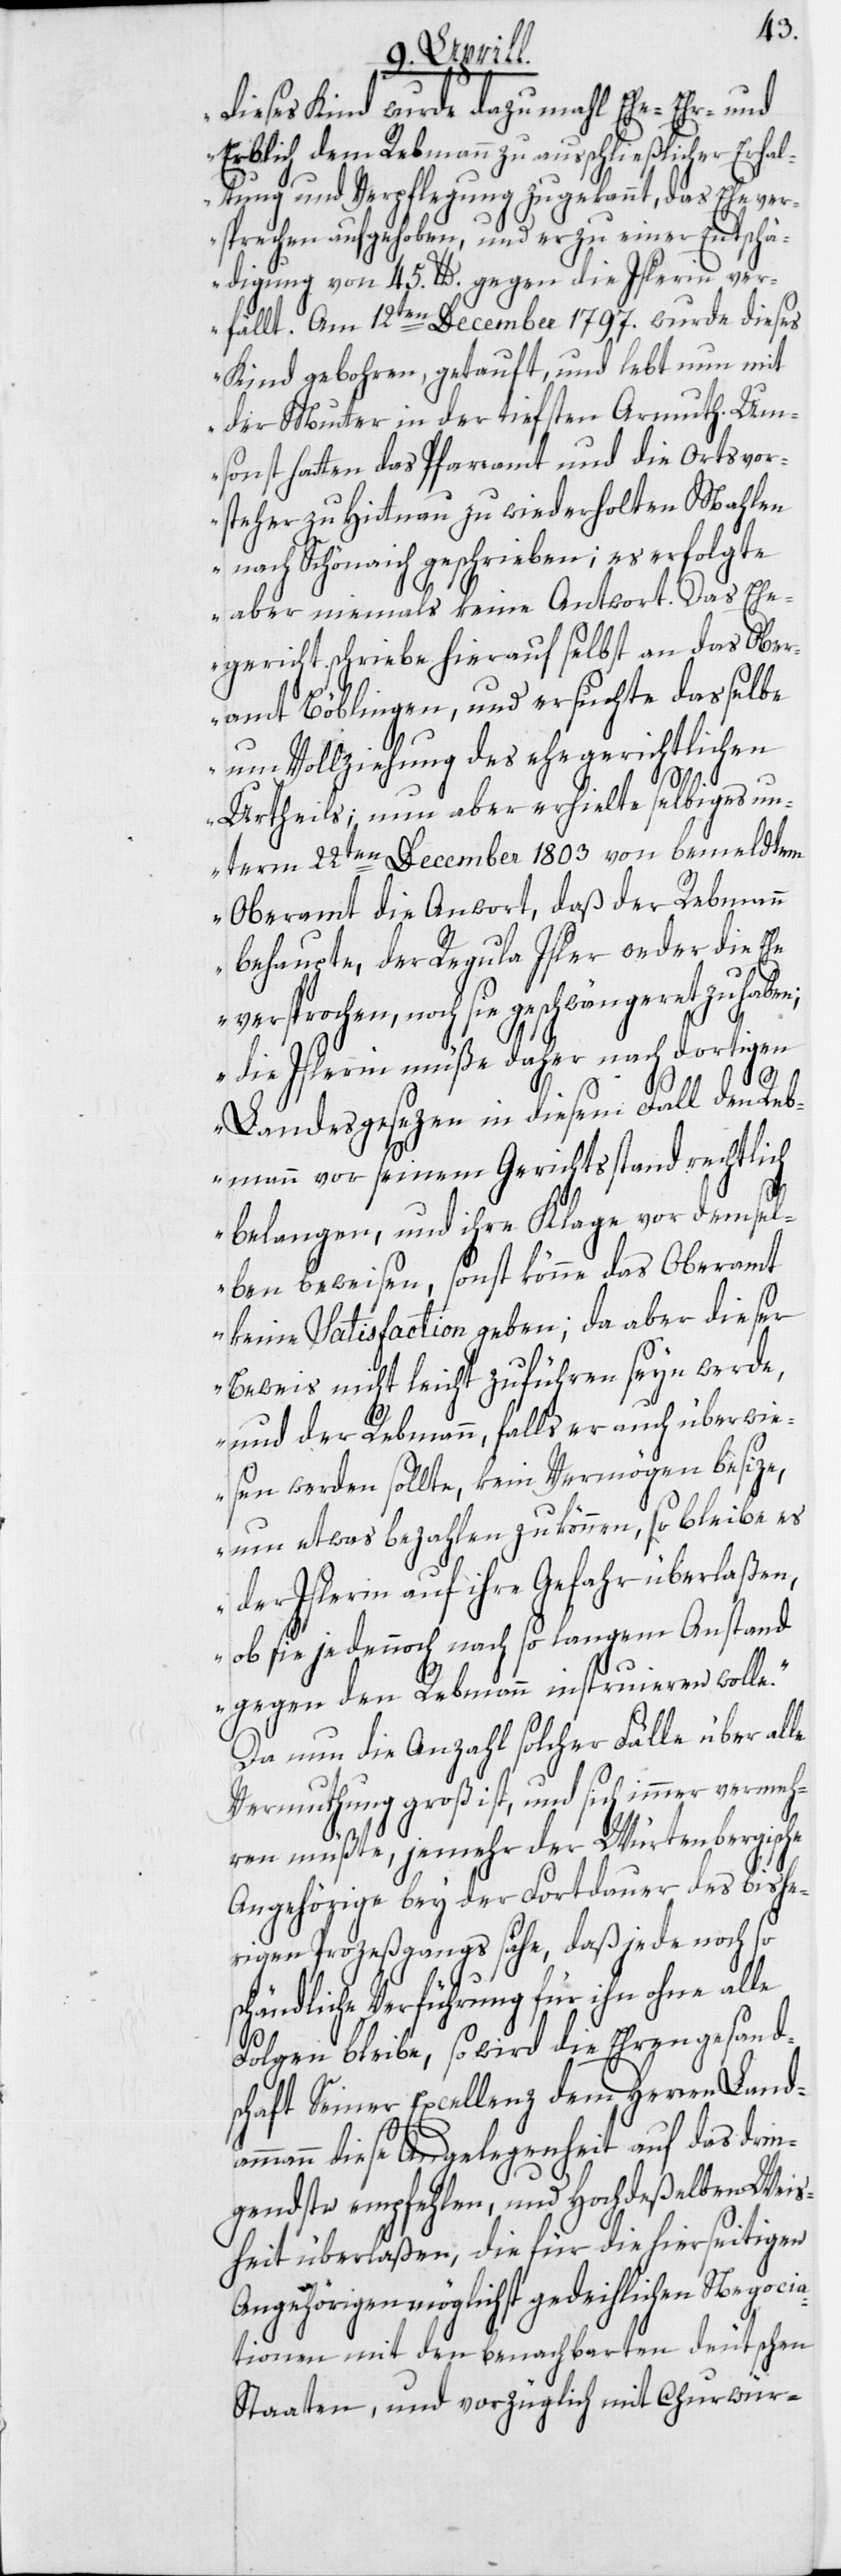
dieses Kind wurde dazumahl Ehe-[,] Ehr-
Erblich dem Rebmann zu ausschließlicher Erhal¬
tung und Verpflegung zugekannt, das Ehever¬
sprechen aufgehoben, und er zu einer Entschä¬
digung von 45. lb. gegen die Islerin ver¬
fällt. Am 12ten December 1797. wurde dieses
Kind gebohren, getauft und lebt nun mit
der Mutter in der tiefsten Armuth. Um¬
sonst hatten das Pfarramt und die Ortsvor¬
steher zu Hittnau zu wiederholten Mahlen
nach Schönaich geschrieben; es erfolgte
aber niemals keine Antwort. Das Ehe¬
gericht schriebe hierauf selbst an das Ober¬
amt Böblingen, und ersuchte dasselbe
um Vollziehung des ehegerichtlichen
Urtheils; nun aber erhielte selbiges un¬
term 22ten December 1803 von bemeldtem
Oberamt die Antwort, daß der Rebmann
behaupte, der Regula Isler weder die Ehe
versprochen, noch sie geschwängeret zu haben;
die Islerin müße daher nach dortigen
Landesgesezen in diesem Fall den Reb¬
mann vor seinem Gerichtsstand rechtlich
belangen, und ihre Klage vor demsel¬
ben beweisen, sonst könne das Oberamt
keine Satisfaction geben; da aber dieser
Beweis nicht leicht zu führen seyn werde,
und der Rebmann, falls er auch überwie¬
sen werden sollte, kein Vermögen besize,
um etwas bezahlen zu können, so bleibe es
der Islerin auf ihre Gefahr überlaßen,
ob sie je dennoch nach so langem Anstand
gegen den Rebmann instruieren wolle.“
Da nun die Anzahl solcher Fälle über alle
Vermuthung groß ist, und sich immer vermeh¬
am¬
ren müßte, je mehr der Würtembergische
Angehörige bey der Fortdauer des bishe¬
rigen Prozeßgangs sähe, daß jede noch so
schändliche Verführung für ihn ohne alle
Folgen bleibe, so wird die Ehrengesand¬
schaft Seiner Excellenz dem Herren Land¬
mann diese Angelegenheit auf das drin¬
gendste empfehlen, und Hochdeßelben Weis¬
heit überlaßen, die für die hierseitigen
Angehörigen möglichst gedeihlichen Negocia¬
tionen mit den benachbarten deutschen
Staaten, und vorzüglich mit Churwür-